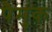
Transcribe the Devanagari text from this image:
पैमुक